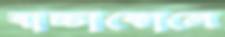
বাচ্চাকোলে